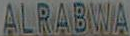
ALRABWA